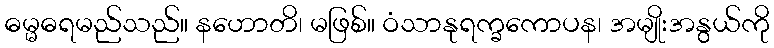
ဓမ္မဓရမည်သည်။ နဟောတိ၊ မဖြစ်။ ဝံသာနုရက္ခကောပန၊ အမျိုးအနွယ်ကို